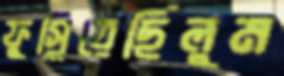
ফুস্‌লিয়েছিলুম